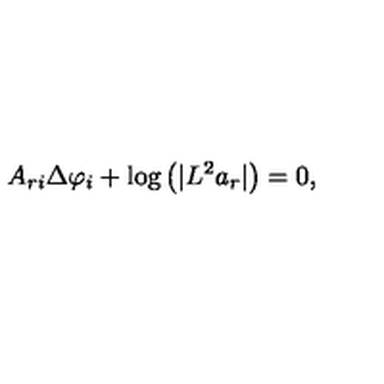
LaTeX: A _ { r i } \Delta \varphi _ { i } + \log \left( \vert L ^ { 2 } a _ { r } \vert \right) = 0 ,